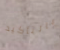
بالتأكيد